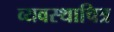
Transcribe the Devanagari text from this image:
व्यवस्थाचित्र